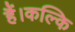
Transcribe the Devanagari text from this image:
हैं।कल्कि